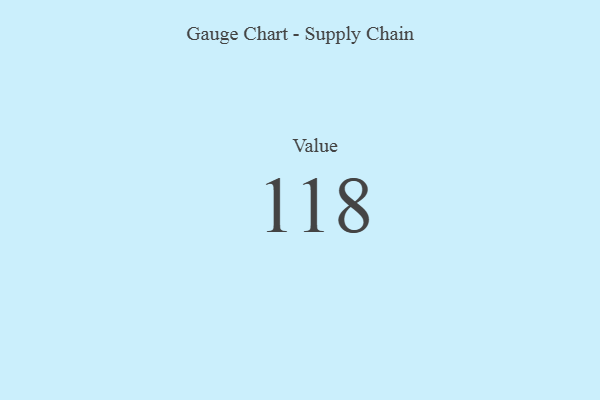
{"axis": {"x": "Metric", "y": "Value"}, "legend": [""], "data": [{"x": "Value", "y": 118, "type": ""}]}